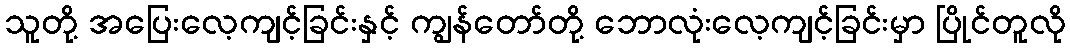
သူတို့ အပြေးလေ့ကျင့်ခြင်းနှင့် ကျွန်တော်တို့ ဘောလုံးလေ့ကျင့်ခြင်းမှာ ပြိုင်တူလို